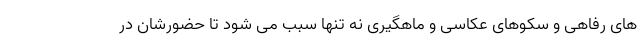
های رفاهی و سکوهای عکاسی و ماهگیری نه تنها سبب می شود تا حضورشان در